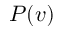
P ( v )